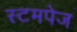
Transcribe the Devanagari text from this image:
स्टमपेज